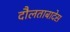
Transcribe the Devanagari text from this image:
दौलताबादेस